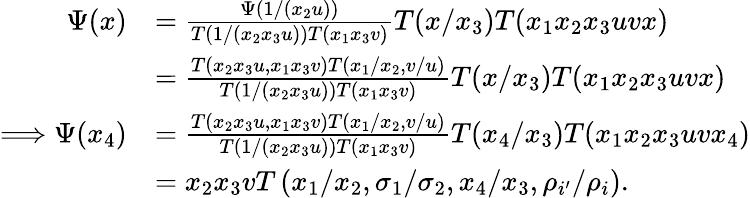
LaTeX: \begin{array}{rl}{\Psi(x)}&{=\frac{\Psi(1/(x_{2}u))}{T(1/(x_{2}x_{3}u))T(x_{1}x_{3}v)}T(x/x_{3})T(x_{1}x_{2}x_{3}uvx)}\\ &{=\frac{T(x_{2}x_{3}u,x_{1}x_{3}v)T(x_{1}/x_{2},v/u)}{T(1/(x_{2}x_{3}u))T(x_{1}x_{3}v)}T(x/x_{3})T(x_{1}x_{2}x_{3}uvx)}\\ {\Longrightarrow\Psi(x_{4})}&{=\frac{T(x_{2}x_{3}u,x_{1}x_{3}v)T(x_{1}/x_{2},v/u)}{T(1/(x_{2}x_{3}u))T(x_{1}x_{3}v)}T(x_{4}/x_{3})T(x_{1}x_{2}x_{3}uvx_{4})}\\ &{=x_{2}x_{3}vT\left(x_{1}/x_{2},\sigma_{1}/\sigma_{2},x_{4}/x_{3},\rho_{i^{\prime}}/\rho_{i}\right).}\end{array}